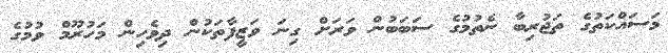
މަސައްކަތުގެ ތަޖުރިބާ ނެތުމުގެ ސަބަބުން ވަރަށް ގިނަ ވަޒީފާތަކުން ދިވެހިން މަހުރޫމް ވުމުގެ